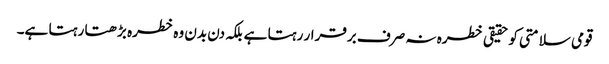
قومی سلامتی کو حقیقی خطرہ نہ صرف برقرار رہتا ہے بلکہ دن بدن وہ خطرہ بڑھتا رہتا ہے۔